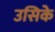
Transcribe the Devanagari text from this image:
उसिके